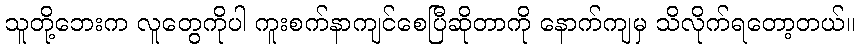
သူတို့ဘေးက လူတွေကိုပါ ကူးစက်နာကျင်စေပြီဆိုတာကို နောက်ကျမှ သိလိုက်ရတော့တယ်။